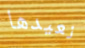
نعيدها